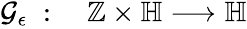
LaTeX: \begin{array}{rl}{\mathcal{G}_{\epsilon}\; :}&{{}\; \mathbb{Z}\times\mathbb{H}\longrightarrow\mathbb{H}}\end{array}